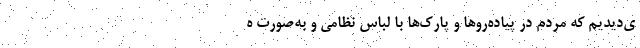
ی‌دیدیم که مردم در پیاده‌روها و پارک‌ها با لباس نظامی و به‌صورت ه